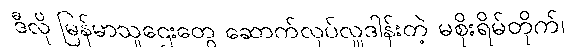
ဒီလို မြန်မာသူဌေးတွေ ဆောက်လုပ်လှူဒါန်းတဲ့ မစိုးရိမ်တိုက်၊